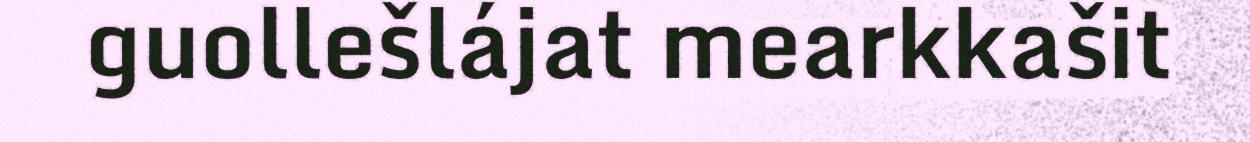
guollešlájat mearkkašit